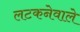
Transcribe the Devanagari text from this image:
लटकनेवाले